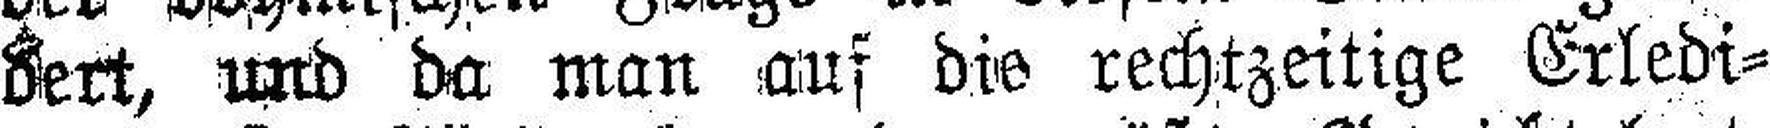
dert, und da man auf die rechtzeitige Erledi¬